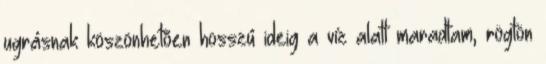
ugrásnak köszönhetõen hosszú ideig a víz alatt maradtam, rögtön